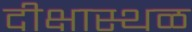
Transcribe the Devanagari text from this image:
दीक्षास्थळ